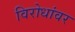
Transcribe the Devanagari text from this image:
विरोधांवर